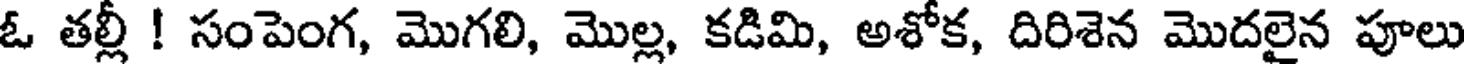
ఓ తల్లీ ! సంపెంగ, మొగలి, మొల్ల, కడిమి, అశోక, దిరిశెన మొదలైన పూలు